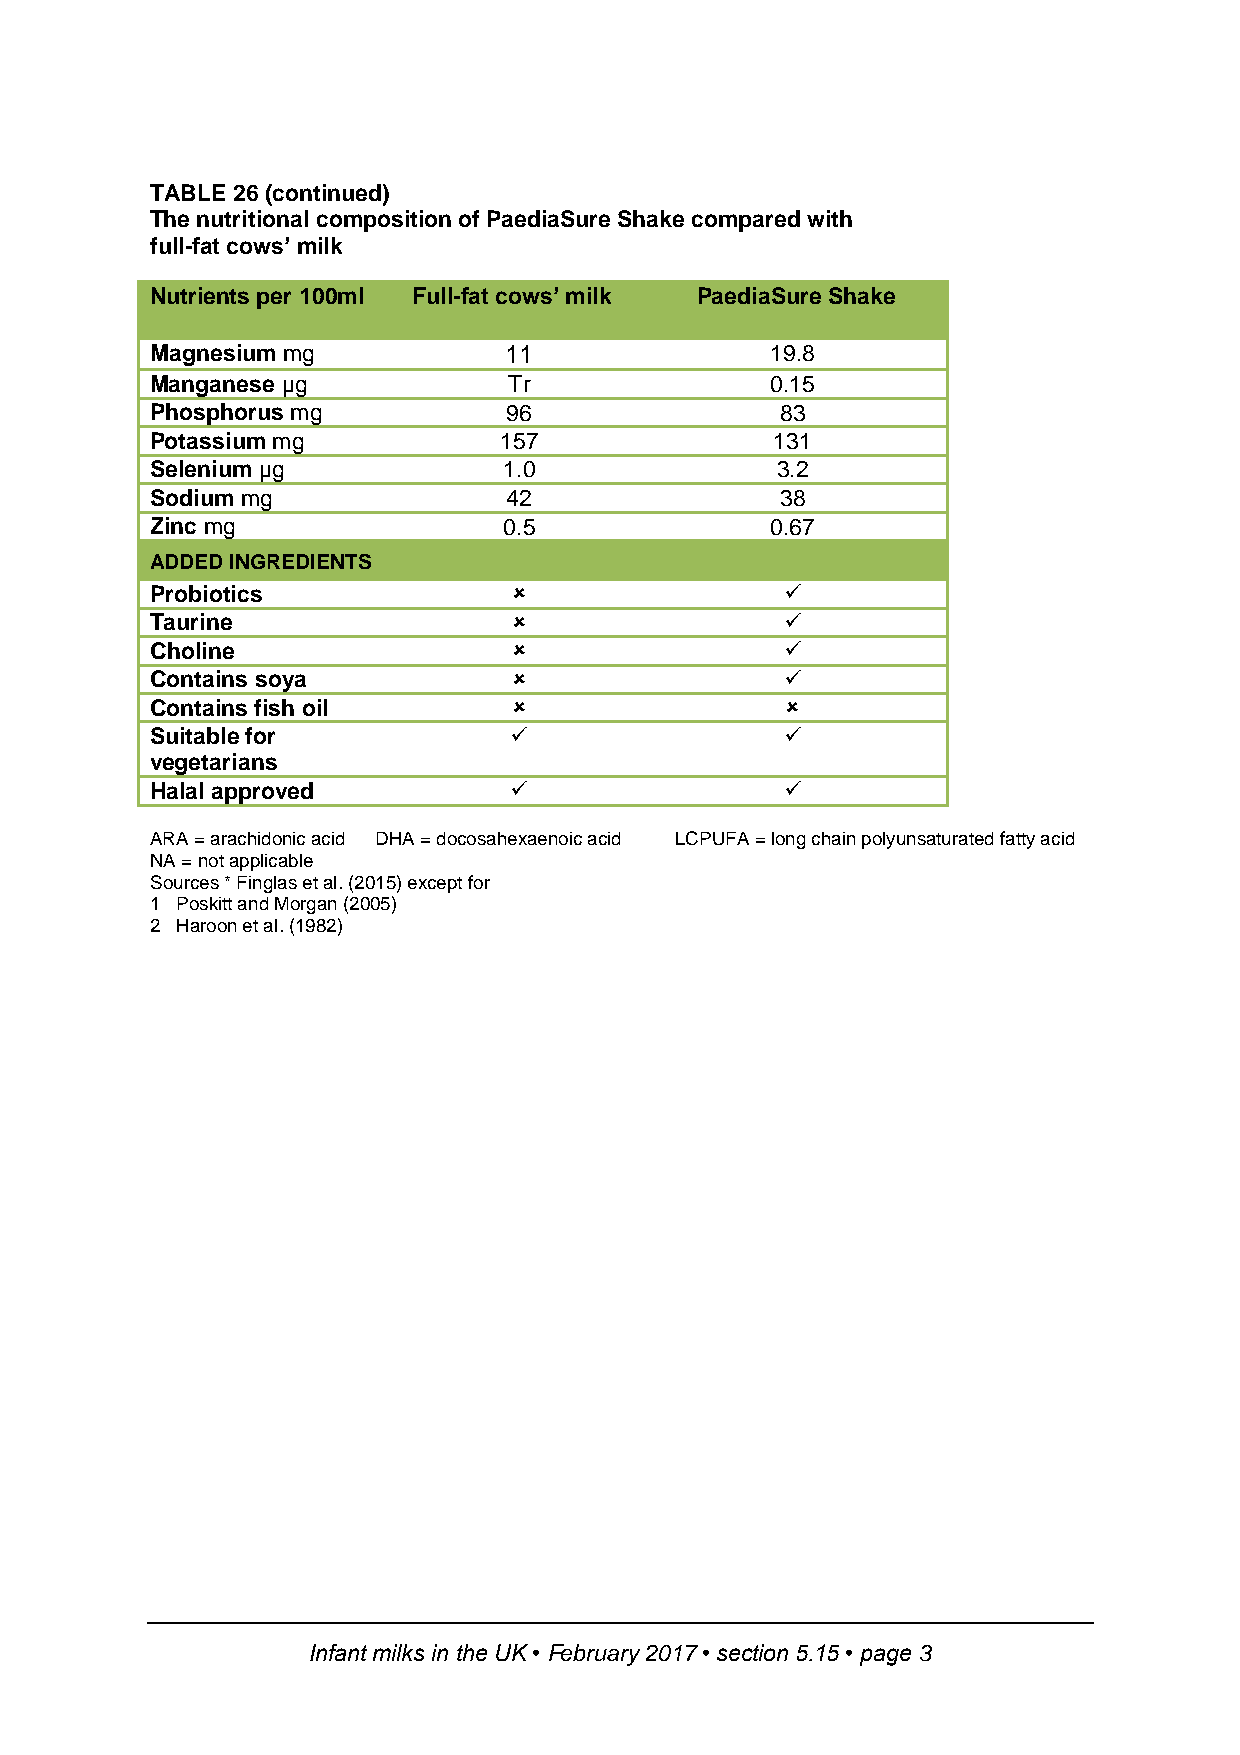
TABLE 26 (continued)
 The nutritional composition of PaediaSure Shake compared with
 full-fat cows’ milk
 Nutrients per 100ml Full-fat cows’ milk PaediaSure Shake
 Magnesium mg           11                19.8
 Manganese µg            Tr               0.15
 Phosphorus mg           96                83
 Potassium mg           157               131
 Selenium µg            1.0               3.2
 Sodium mg               42                38
 Zinc mg                0.5               0.67
 ADDED INGREDIENTS
 Probiotics                               
 Taurine                                  
 Choline                                  
 Contains soya                            
 Contains fish oil                        
 Suitable for                             
 vegetarians
 Halal approved                           
 ARA = arachidonic acid DHA = docosahexaenoic acid LCPUFA = long chain polyunsaturated fatty acid
 NA = not applicable
 Sources * Finglas et al. (2015) except for
 1 Poskitt and Morgan (2005)
 2 Haroon et al. (1982)
 Infant milks in the UK • February 2017 • section 5.15 • page 3